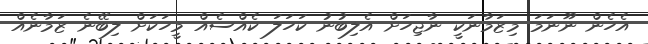
އެހެން ނޫނަމަ މިޒަމާނަކީ ނާޖިހަށް އެލިބުނު ކަހަލަ ކެއްސެއް މީހަކަށް ލިބޭނެ ޒަމާނެއް